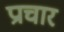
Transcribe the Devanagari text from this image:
प्राचार